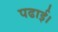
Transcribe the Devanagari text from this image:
पढाई।